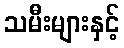
သမီးများနှင့်